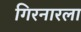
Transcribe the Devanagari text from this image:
गिरनारला